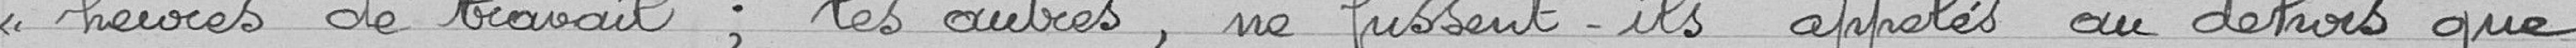
<< heures de travail; les autres , ne fussent-ils appelés au dehors que